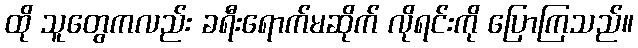
ထို သူတွေကလည်း ခရီးရောက်မဆိုက် လိုရင်းကို ပြောကြသည်။